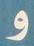
و